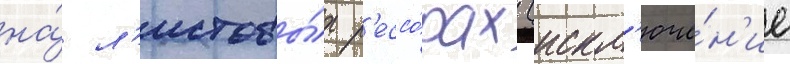
на́ л'истовы́х р'ессо́рах (искл'юче́н'ие